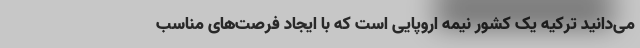
می‌دانید ترکیه یک کشور نیمه اروپایی است که با ایجاد فرصت‌های مناسب